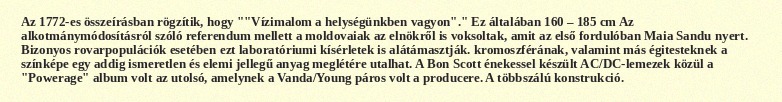
Az 1772-es összeírásban rögzítik, hogy ""Vízimalom a helységünkben vagyon"." Ez általában 160 – 185 cm Az alkotmánymódosításról szóló referendum mellett a moldovaiak az elnökről is voksoltak, amit az első fordulóban Maia Sandu nyert. Bizonyos rovarpopulációk esetében ezt laboratóriumi kísérletek is alátámasztják. kromoszférának, valamint más égitesteknek a színképe egy addig ismeretlen és elemi jellegű anyag meglétére utalhat. A Bon Scott énekessel készült AC/DC-lemezek közül a "Powerage" album volt az utolsó, amelynek a Vanda/Young páros volt a producere. A többszálú konstrukció.